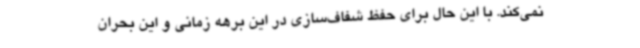
نمی‌کند. با این حال برای حفظ شفاف‌سازی در این برهه زمانی و این بحران